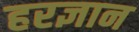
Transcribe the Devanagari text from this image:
हरज्ञान